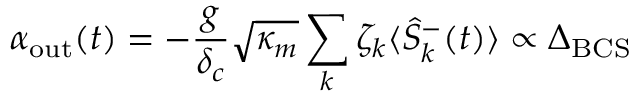
\alpha _ { \mathrm { o u t } } ( t ) = - \frac { g } { \delta _ { c } } \sqrt { \kappa _ { m } } \sum _ { k } \zeta _ { k } \langle \hat { S } _ { k } ^ { - } ( t ) \rangle \propto \Delta _ { \mathrm { B C S } }